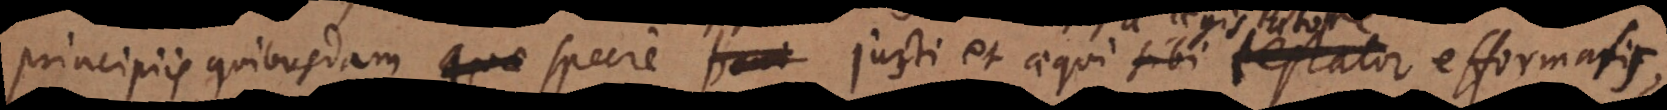
principiis quibusdam quae specie boni justi et aequi sibi testator efformavit,